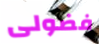
فضولى